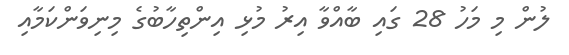
ލުން މި މަހު 28 ގައި ބާއްވާ އިރު މުޅި އިންތިހާބުގެ މިނިވަންކަމާއި